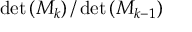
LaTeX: \operatorname* { d e t } \left( M _ { k } \right) / \operatorname* { d e t } \left( M _ { k - 1 } \right)